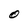
Character: O